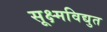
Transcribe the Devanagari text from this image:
सूक्ष्मविद्युत